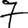
Digit: 7